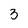
Character: 3